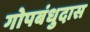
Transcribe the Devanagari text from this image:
गोपबंधुदास